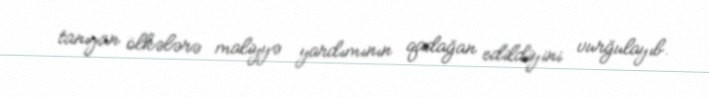
tanıyan ölkələrə maliyyə yardımının qadağan edildiyini vurğulayıb.